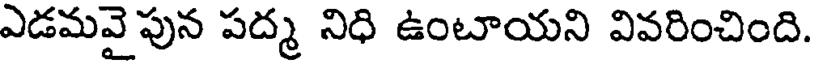
ఎడమవై పున పద్మ నిధి ఉంటాయని వివరించింది.